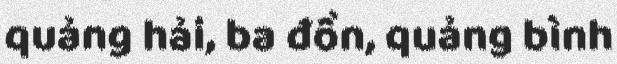
quảng hải, ba đồn, quảng bình